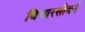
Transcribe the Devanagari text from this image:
विचारसौदर्य